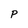
Character: p